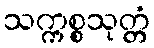
သက္ကစ္စသုတ္တံ